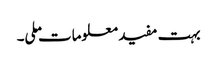
بہت مفید معلومات ملی۔